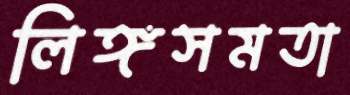
লিঙ্গসমতা